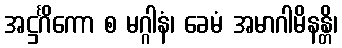
အဋ္ဌင်္ဂိကော စ မဂ္ဂါနံ၊ ခေမံ အမာဂါမိနန္တိ၊